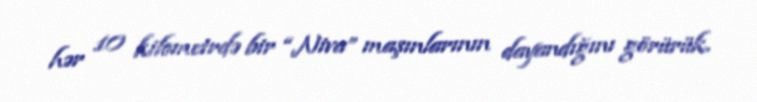
hər 10 kilometrdə bir “Niva” maşınlarının dayandığını görürük.